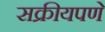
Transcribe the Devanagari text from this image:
सक्रीयपणे